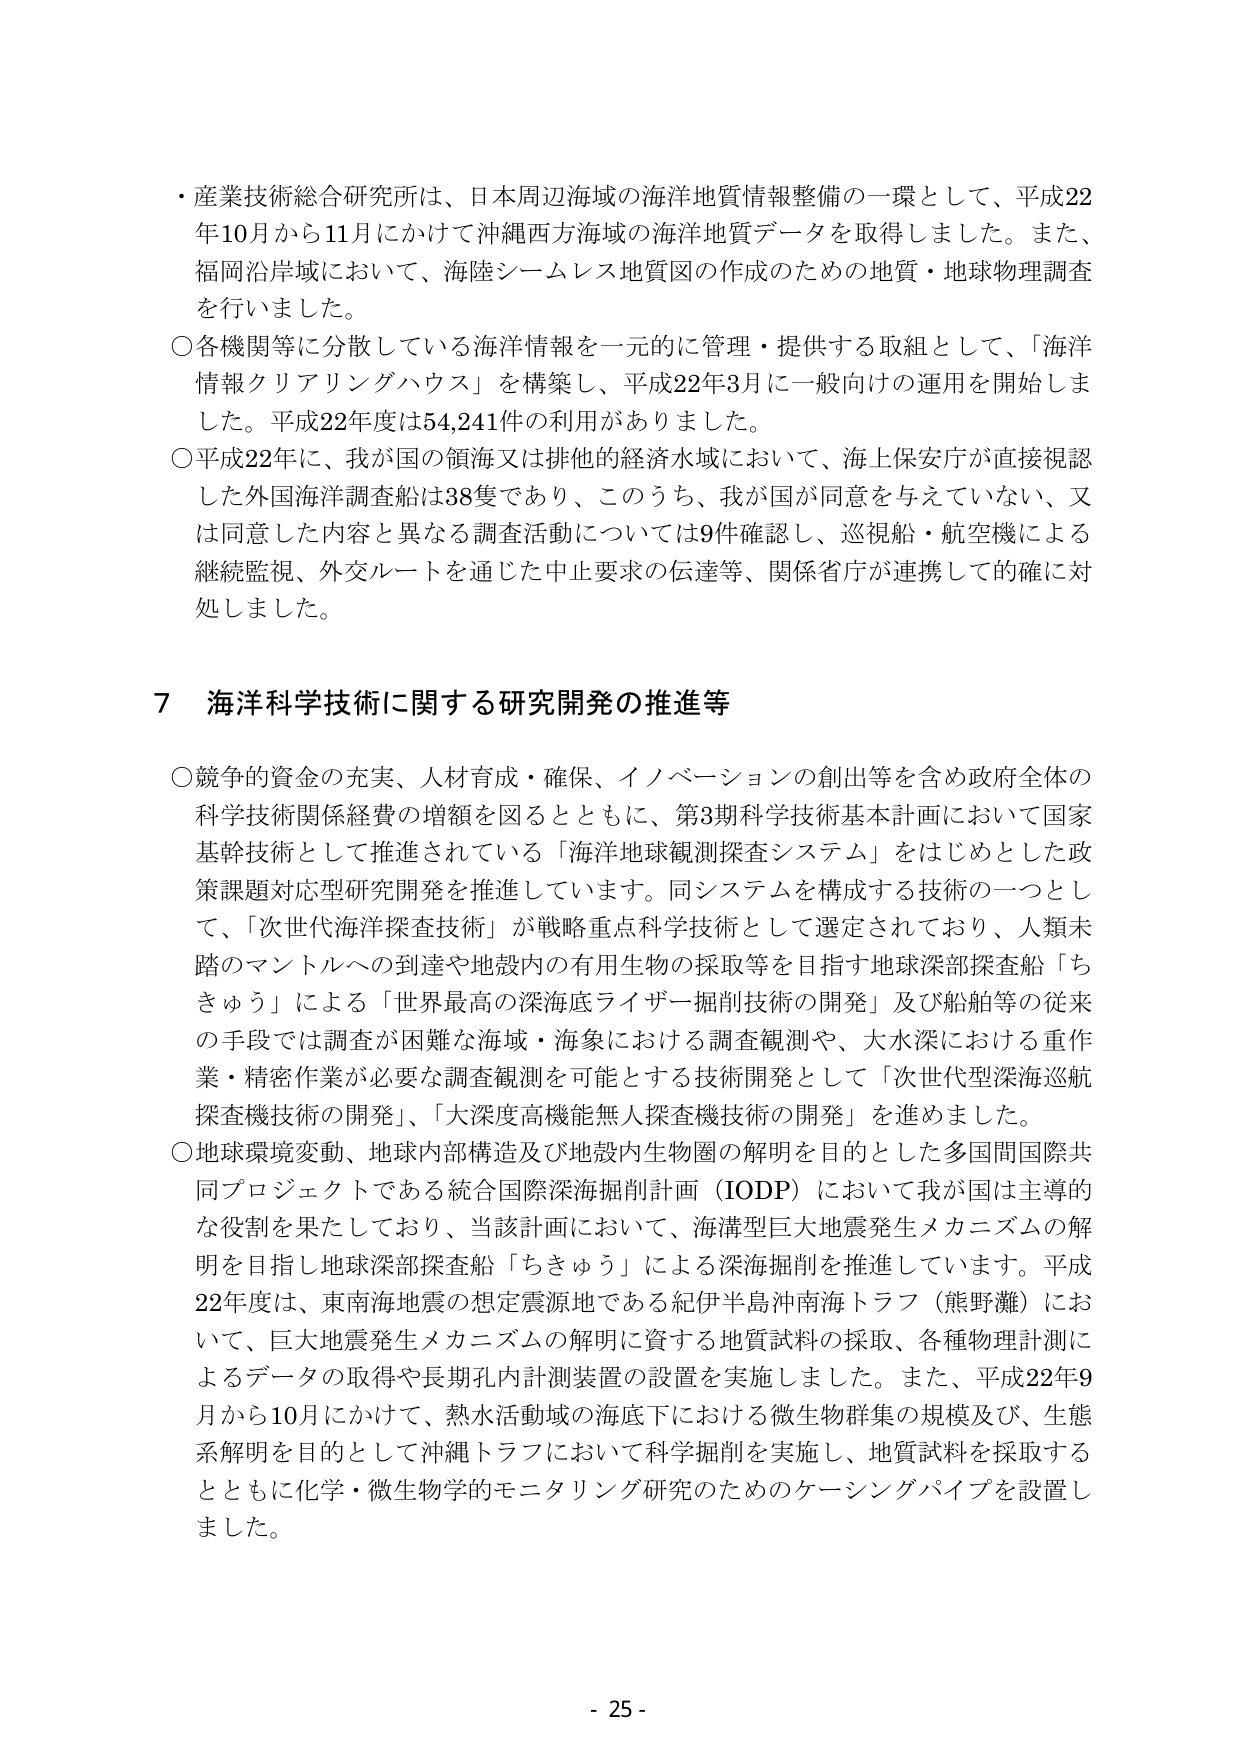
・産業技術総合研究所は、日本周辺海域の海洋地質情報整備の一環として、平成22年10月から11月にかけて沖縄西方海域の海洋地質データを取得しました。また、福岡沿岸域において、海陸シームレス地質図の作成のための地質・地球物理調査を行いました。

○各機関等に分散している海洋情報を一元的に管理・提供する取組として、「海洋情報クリアリングハウス」を構築し、平成22年3月に一般向けの運用を開始しました。平成22年度は54,241件の利用がありました。

○平成22年に、我が国の領海又は排他的経済水域において、海上保安庁が直接視認した外国海洋調査船は38隻であり、このうち、我が国が同意を与えていない、又は同意した内容と異なる調査活動については9件確認し、巡視船・航空機による継続監視、外交ルートを通じた中止要求の伝達等、関係省庁が連携して的確に対処しました。

7 海洋科学技術に関する研究開発の推進等

○競争的資金の充実、人材育成・確保、イノベーションの創出等を含め政府全体の科学技術関係経費の増額を図るとともに、第3期科学技術基本計画において国家基幹技術として推進されている「海洋地球観測探査システム」をはじめとした政策課題対応型研究開発を推進しています。同システムを構成する技術の一つとして、「次世代海洋探査技術」が戦略重点科学技術として選定されており、人類未踏のマントルへの到達や地殻内の有用生物の採取等を目指す地球深部探査船「ちきゅう」による「世界最高の深海底ライザー掘削技術の開発」及び船舶等の従来の手段では調査が困難な海域・海象における調査観測や、大水深における重作業・精密作業が必要な調査観測を可能とする技術開発として「次世代型深海巡航探査機技術の開発」、「大深度高機能無人探査機技術の開発」を進めました。

○地球環境変動、地球内部構造及び地殻内生物圏の解明を目的とした多国間国際共同プロジェクトである統合国際深海掘削計画（IODP）において我が国は主導的な役割を果たしており、当該計画において、海溝型巨大地震発生メカニズムの解明を目指し地球深部探査船「ちきゅう」による深海掘削を推進しています。平成22年度は、東南海地震の想定震源地である紀伊半島沖南海トラフ（熊野灘）において、巨大地震発生メカニズムの解明に資する地質試料の採取、各種物理計測によるデータの取得や長期孔内計測装置の設置を実施しました。また、平成22年9月から10月にかけて、熱水活動域の海底下における微生物群集の規模及び、生態系解明を目的として沖縄トラフにおいて科学掘削を実施し、地質試料を採取するとともに化学・微生物学的モニタリング研究のためのケーシングパイプを設置しました。

- 25 -